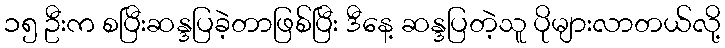
၁၅ ဦးက စပြီးဆန္ဒပြခဲ့တာဖြစ်ပြီး ဒီနေ့ ဆန္ဒပြတဲ့သူ ပိုများလာတယ်လို့